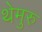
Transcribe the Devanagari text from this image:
थेमुरु